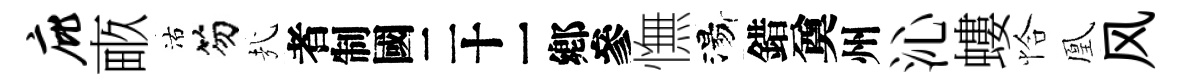
庇畞沽笏㢤识憮湯錯奠州沁螻恰凰风